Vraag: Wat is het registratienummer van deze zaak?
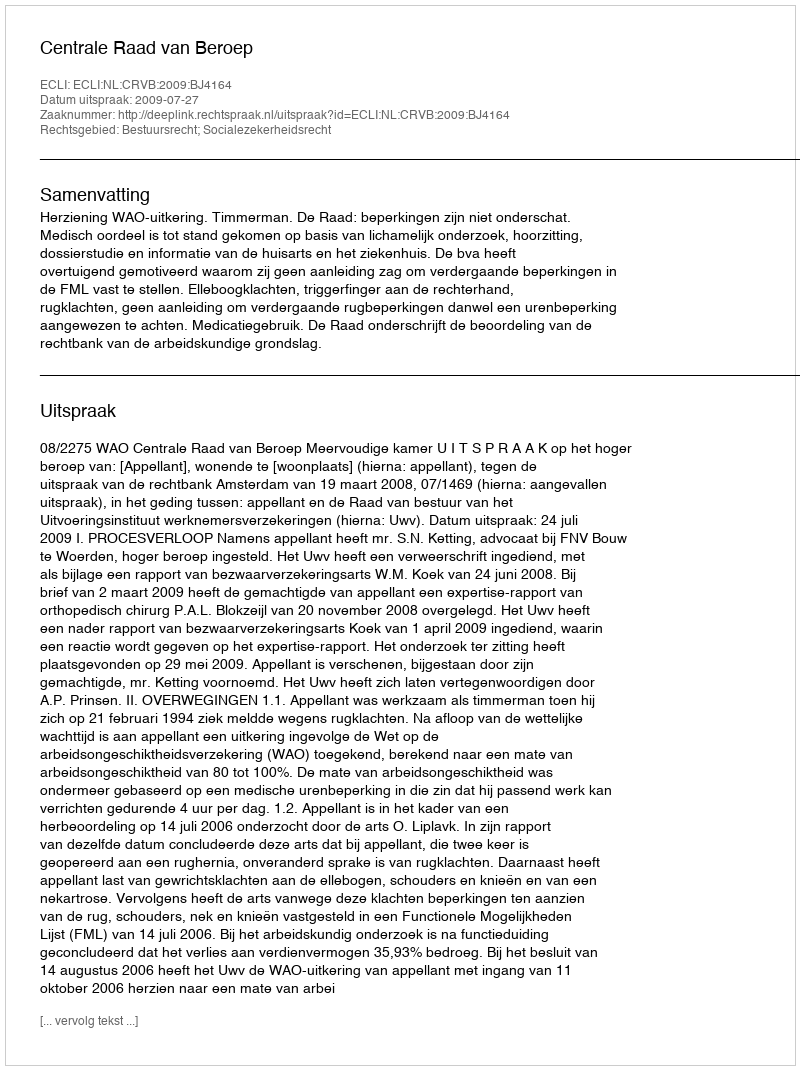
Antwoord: http://deeplink.rechtspraak.nl/uitspraak?id=ECLI:NL:CRVB:2009:BJ4164